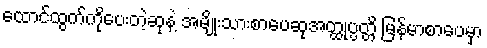
ထောင်ထွက်ကိုပေးတဲ့ဆုနဲ့ အမျိုးသားစာပေဆုအတ္ထုပ္ပတ္တိ မြန်မာစာပေမှာ